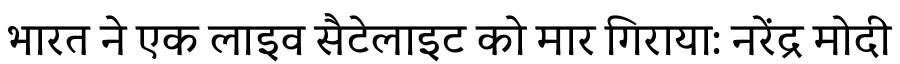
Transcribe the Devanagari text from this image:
भारत ने एक लाइव सैटेलाइट को मार गिराया: नरेंद्र मोदी